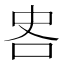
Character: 𪠷